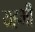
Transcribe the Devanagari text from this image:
यहभी